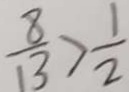
\frac { 8 } { 1 3 } > \frac { 1 } { 2 }